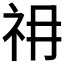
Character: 𰧱